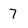
Character: 7